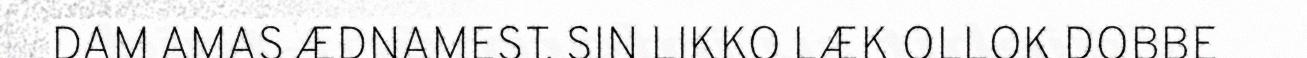
DAM AMAS ÆDNAMEST. SIN LIKKO LÆK OLLOK DOBBE